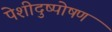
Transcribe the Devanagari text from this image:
पेशीदुष्पोषण